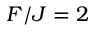
F / J = 2